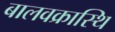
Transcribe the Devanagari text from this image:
बालवक्रास्थि